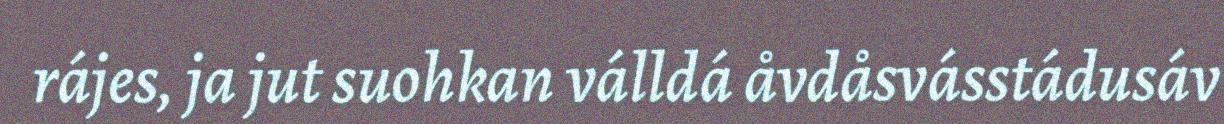
rájes, ja jut suohkan válldá åvdåsvásstádusáv